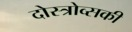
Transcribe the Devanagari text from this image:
दोस्त्रोव्सकी